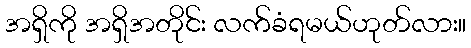
အရှိကို အရှိအတိုင်း လက်ခံရမယ်ဟုတ်လား။